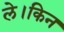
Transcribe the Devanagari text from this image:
ले।किन